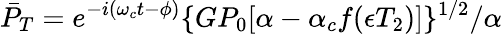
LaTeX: \bar{P}_{T}=e^{-i(\omega_{c}t-\phi)}\{ GP_{0}[\alpha-\alpha_{c}f(\epsilon T_{2})]\} ^{1/2}/\alpha